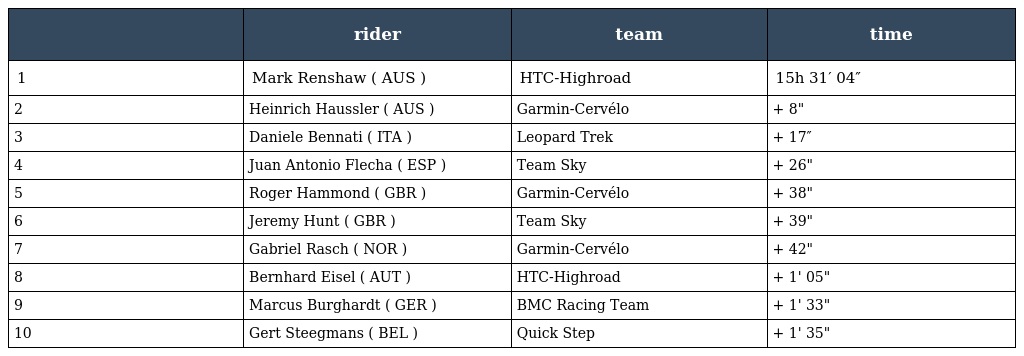
|  | rider | team | time |
 | --- | --- | --- | --- |
 | 1 | Mark Renshaw ( AUS ) | HTC-Highroad | 15h 31′ 04″ |
 | 2 | Heinrich Haussler ( AUS ) | Garmin-Cervélo | + 8" |
 | 3 | Daniele Bennati ( ITA ) | Leopard Trek | + 17″ |
 | 4 | Juan Antonio Flecha ( ESP ) | Team Sky | + 26" |
 | 5 | Roger Hammond ( GBR ) | Garmin-Cervélo | + 38" |
 | 6 | Jeremy Hunt ( GBR ) | Team Sky | + 39" |
 | 7 | Gabriel Rasch ( NOR ) | Garmin-Cervélo | + 42" |
 | 8 | Bernhard Eisel ( AUT ) | HTC-Highroad | + 1' 05" |
 | 9 | Marcus Burghardt ( GER ) | BMC Racing Team | + 1' 33" |
 | 10 | Gert Steegmans ( BEL ) | Quick Step | + 1' 35" |